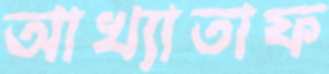
আখ্যাতাফ